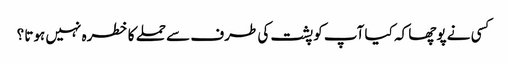
کسی نے پوچھا کہ کیا آپ کو پشت کی طرف سے حملے کا خطرہ نہیں ہوتا ؟